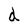
Character: d